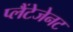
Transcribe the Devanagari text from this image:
प्लैंटेजेनट